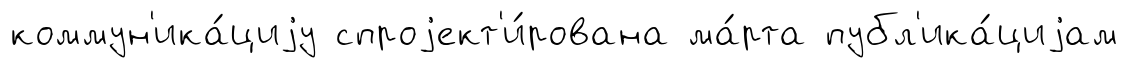
коммун'ика́циjу спроjект'и́рована ма́рта публ'ика́циjам